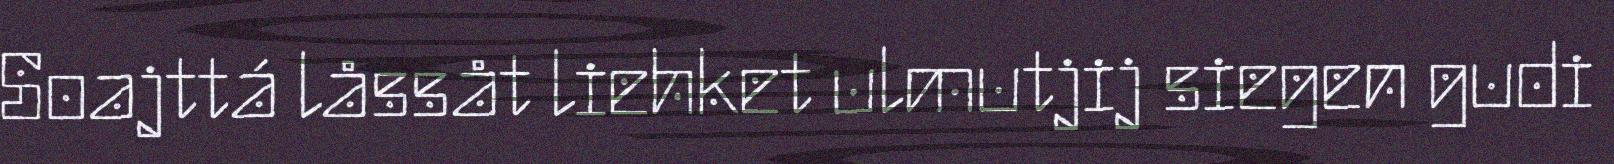
Soajttá låssåt liehket ulmutjij siegen gudi